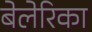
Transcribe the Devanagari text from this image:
बेलेरिका